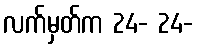
လက်မှတ်က 24- 24-